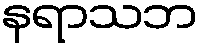
နရာသဘ